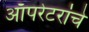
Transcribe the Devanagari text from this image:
ऑपरेटरांचे